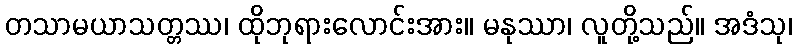
တသာမယာသတ္တဿ၊ ထိုဘုရားလောင်းအား။ မနုဿာ၊ လူတို့သည်။ အဒံသု၊